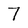
Character: 7